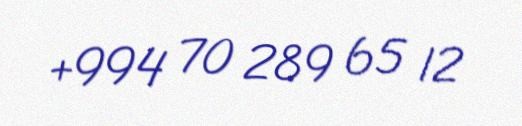
+994 70 289 65 12